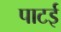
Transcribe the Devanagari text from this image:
पाटई